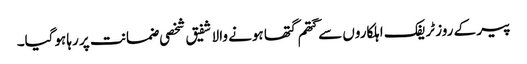
پیر کے روز ٹریفک اہلکاروں سے گتھم گتھا ہونے والا شفیق شخصی ضمانت پر رہا ہوگیا۔